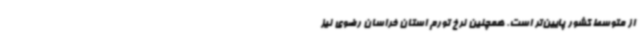
از متوسط کشور پایین‌تر است. همچنین نرخ تورم استان خراسان رضوی نیز